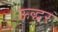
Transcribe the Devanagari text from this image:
ऊद्धर